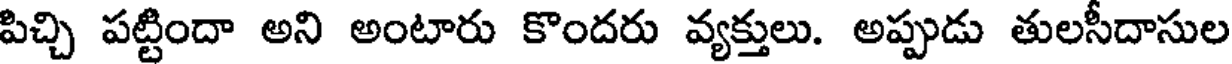
పిచ్చి పట్టిందా అని అంటారు కొందరు వ్యక్తులు. అప్పుడు తులసీదాసుల